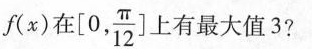
f(x)在 $$[0, \frac{\pi}{12}\right]$$ 上有最大值3?